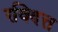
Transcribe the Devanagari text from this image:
रविदत्त